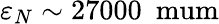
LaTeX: \varepsilon_{N}\sim 27000\ \mathrm{\ mum}